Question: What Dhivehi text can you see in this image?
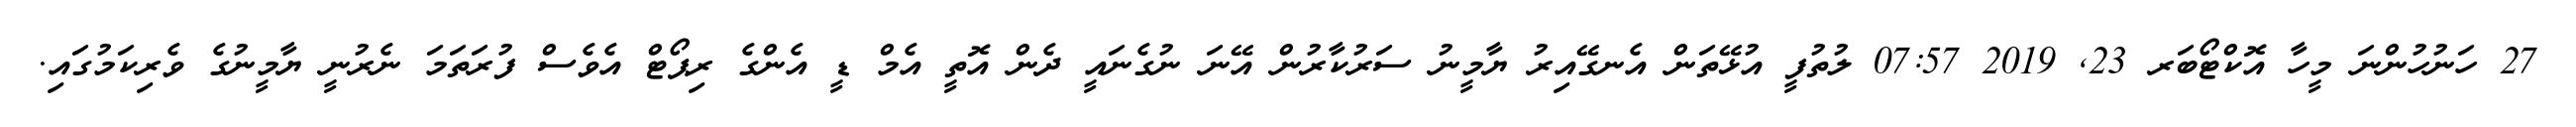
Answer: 27 ހަނުހުންނަ މީހާ އޮކްޓޯބަރ 23, 2019 07:57 ލުތުފީ އުޅޭތަން އެނގޭއިރު ޔާމީނު ސަރުކާރުން އޭނަ ނުގެނައީ ދެން އޮތީ އެމް ޑީ އެންގެ ރިޕޯޓް އެވެސް ފުރަތަމަ ނެރުނީ ޔާމީނުގެ ވެރިކަމުގައި.